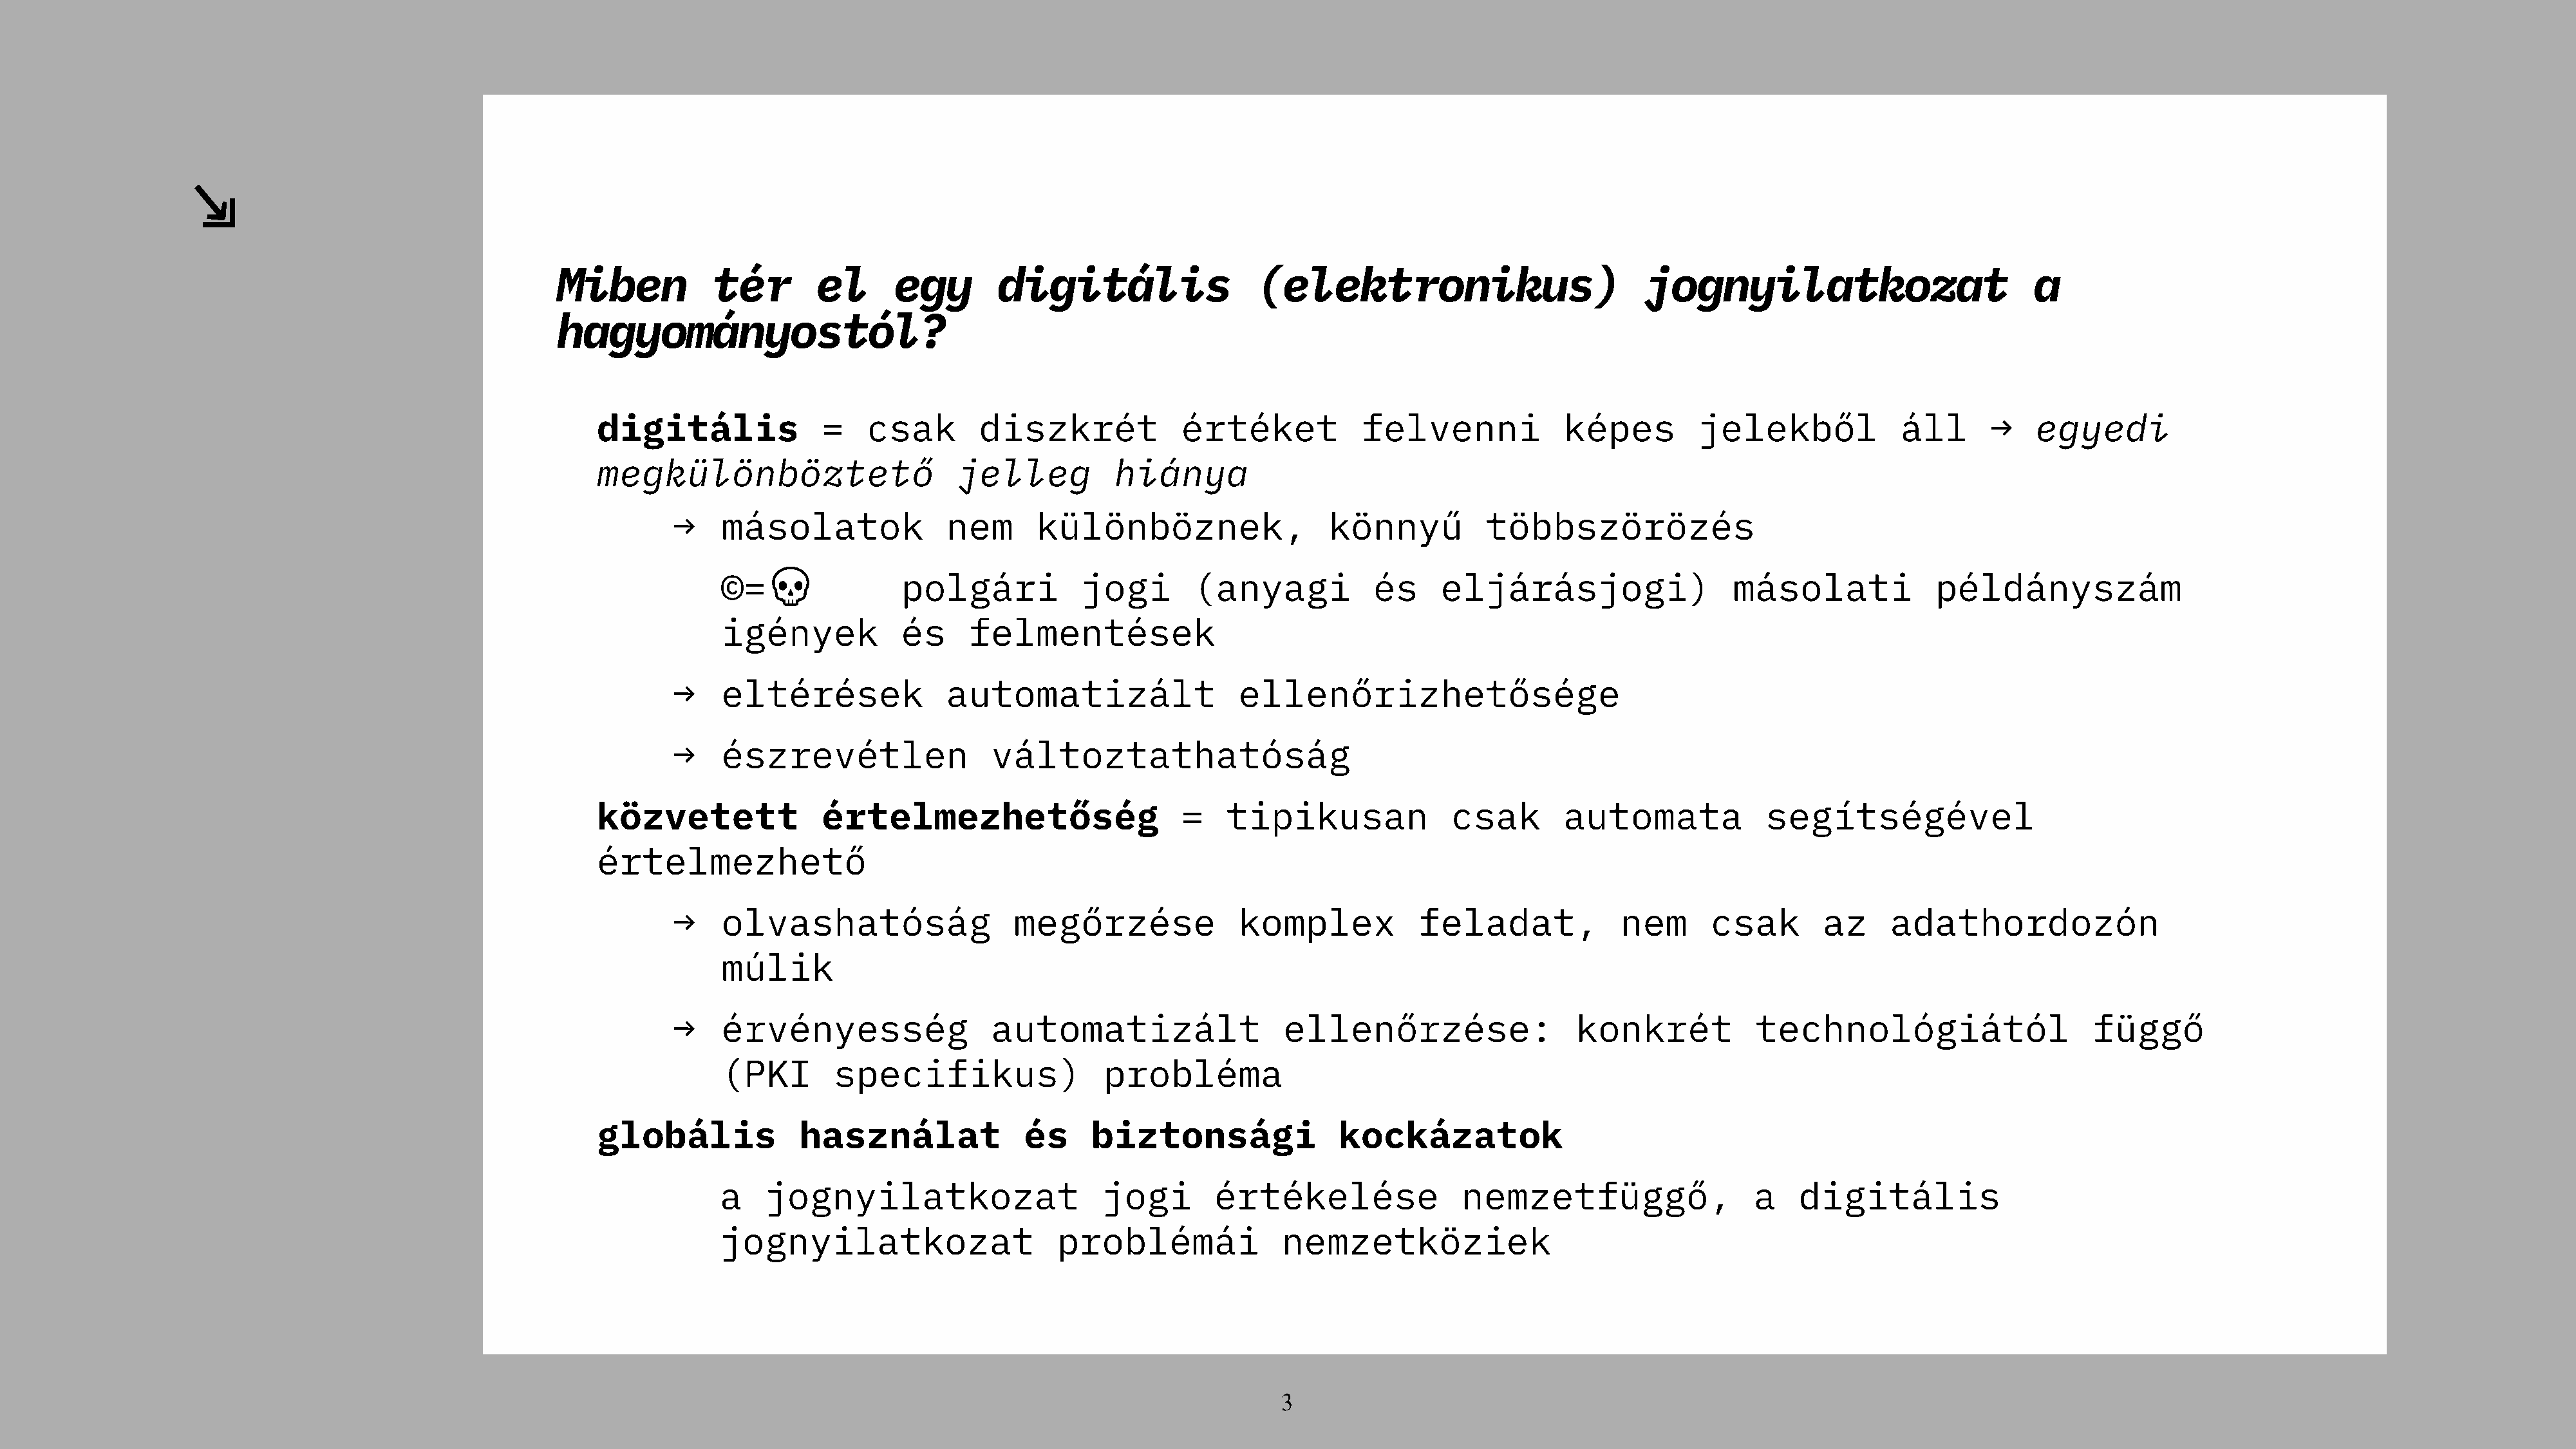
Miben           tér        el      egy       digitális                  (elektronikus)                          jognyilatkozat                          a
 ⇲⇲                                   hagyományostól?
 digitális              =    csak        diszkrét            értéket            felvenni             képes         jelekből            áll       →   egyedi
 megkülönböztető                      jelleg           hiánya
 →    másolatok              nem      különböznek,                   könnyű          többszörözés
 ©=💀💀               polgári           jogi        (anyagi           és     eljárásjogi)                  másolati             példányszám
 igények            és     felmentések
 →    eltérések              automatizált                  ellenőrizhetősége
 →    észrevétlen                 változtathatóság
 közvetett              értelmezhetőség                      =    tipikusan              csak        automata            segítségével
 értelmezhető
 →    olvashatóság                  megőrzése              komplex            feladat,             nem      csak       az     adathordozón
 múlik
 →    érvényesség                 automatizált                  ellenőrzése:                  konkrét           technológiától                     függő
 (PKI        specifikus)                probléma
 globális             használat              és     biztonsági                kockázatok
 a    jognyilatkozat                    jogi        értékelése               nemzetfüggő,                  a    digitális
 jognyilatkozat                     problémái              nemzetköziek
 3